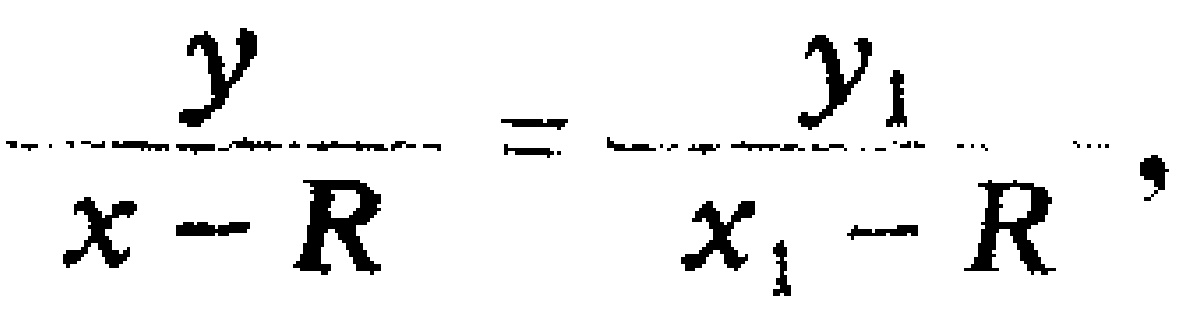
\(\frac{y}{x - R}=\frac{y_{1}}{x_{1}-R},\)